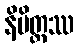
နိမိတ္တဿ